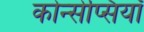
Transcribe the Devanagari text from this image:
कोन्सेप्सियॉँ